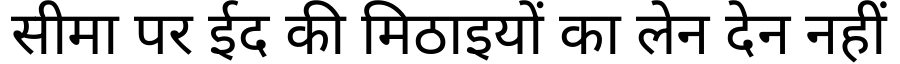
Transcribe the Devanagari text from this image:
सीमा पर ईद की मिठाइयों का लेन देन नहीं